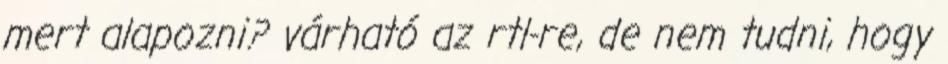
mert alapozni? várható az rtl-re, de nem tudni, hogy